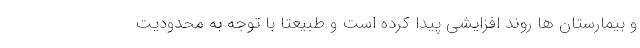
و بیمارستان ها روند افزایشی پیدا کرده است و طبیعتا با توجه به محدودیت